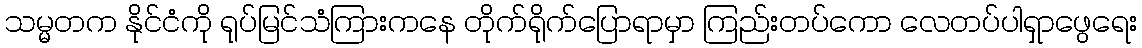
သမ္မတက နိုင်ငံကို ရုပ်မြင်သံကြားကနေ တိုက်ရိုက်ပြောရာမှာ ကြည်းတပ်ကော လေတပ်ပါရှာဖွေရေး